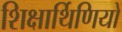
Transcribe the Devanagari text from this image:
शिक्षार्थिणियों